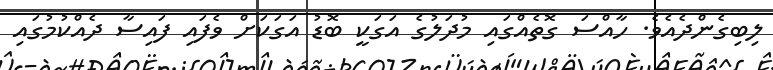
ލިބިގެންދެއެވެ. ހާއްސަ ގޮތެއްގައި މުދަލުގެ އަގަކީ ބޮޑު އަގަކަށް ވެފައި ފައިސާ ދެއްކުމުގައި